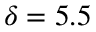
\delta = 5 . 5